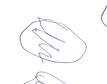
Signature authenticity: forged